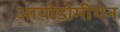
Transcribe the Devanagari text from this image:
आयोडोमीथेन